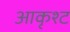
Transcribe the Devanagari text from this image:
आकृश्ट